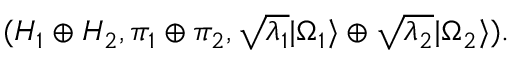
( { \cal H } _ { 1 } \oplus { \cal H } _ { 2 } , \pi _ { 1 } \oplus \pi _ { 2 } , \sqrt { \lambda _ { 1 } } | \Omega _ { 1 } \rangle \oplus \sqrt { \lambda _ { 2 } } | \Omega _ { 2 } \rangle ) .